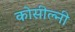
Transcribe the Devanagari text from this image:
कोसील्नी